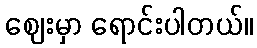
ဈေးမှာ ရောင်းပါတယ်။